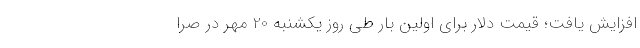
افزایش یافت؛ قیمت دلار برای اولین بار طی روز یکشنبه 20 مهر در صرا